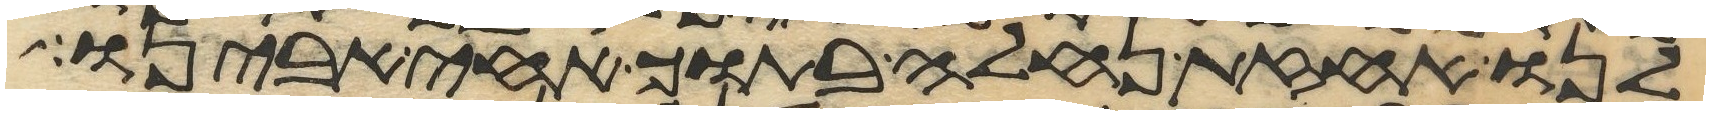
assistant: לנו אחזת נחלה בתוך אחי אבינו